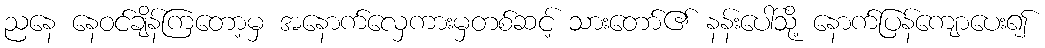
ညနေ နေဝင်ချိန်ကြတော့မှ အနောက်လှေကားမှတစ်ဆင့် သားတော်၏ နန်းပေါ်သို့ နောက်ပြန်ကျောပေး၍